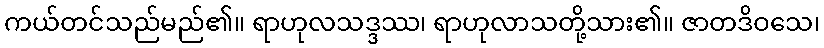
ကယ်တင်သည်မည်၏။ ရာဟုလသဒ္ဒဿ၊ ရာဟုလာသတို့သား၏။ ဇာတဒိဝသေ၊